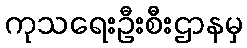
ကုသရေးဦးစီးဌာနမှ